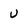
Character: U